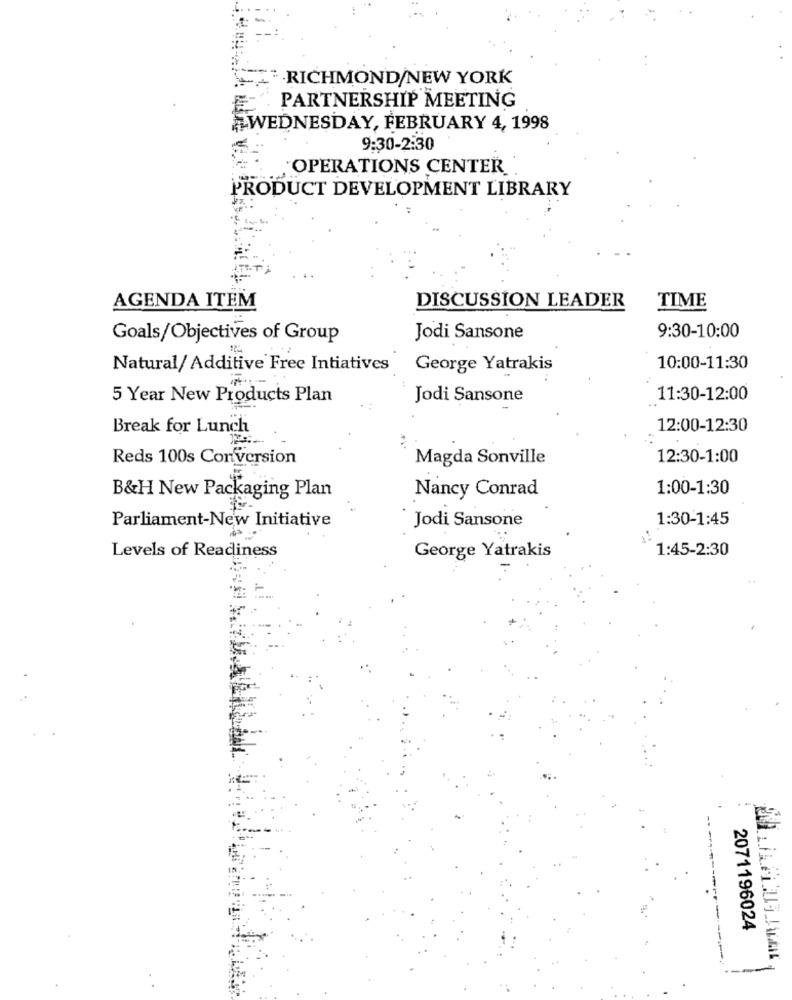
RICHMOND/NEW YORK
PARTNERSHIP MEETING
WEDNESDAY, FEBRUARY 4, 1998
9:30-2:30
OPERATIONS CENTER
PRODUCT DEVELOPMENT LIBRARY
AGENDA ITEM
DISCUSSION LEADER
TIME
9:30-10:00
Goals/Objectives of Group
Jodi Sansone
Natural/ Additive Free Intiatives
George Yatrakis
10:00-11:30
5 Year New Products Plan
Jodi Sansone
11:30-12:00
Break for Lunch
12:00-12:30
Reds 100s Conversion
Magda Sonville
12:30-1:00
B&H New Packaging Plan
Nancy Conrad
1:00-1:30
Parliament-New Initiative
1:30-1:45
Jodi Sansone
George Yatrakis
1:45-2:30
Levels of Readiness
2071196024
---